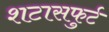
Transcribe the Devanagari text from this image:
शटासफुर्ट